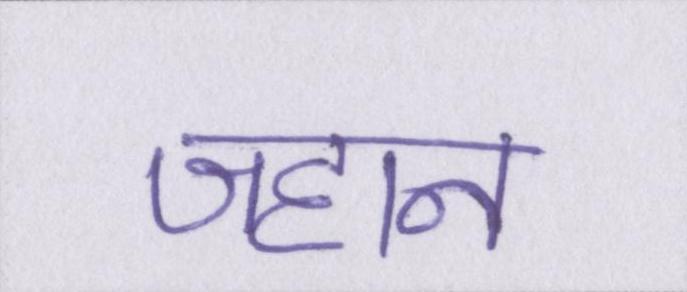
जहान